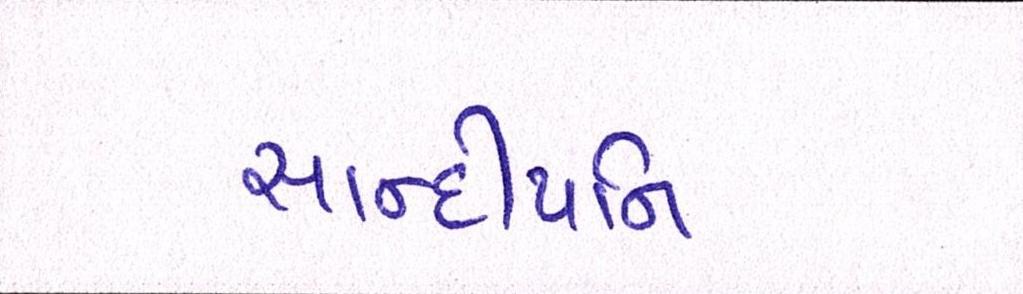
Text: સાન્દીપનિ